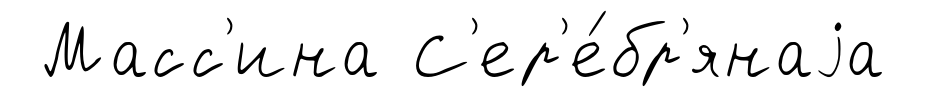
Масс'ина С'ер'е́бр'янаjа